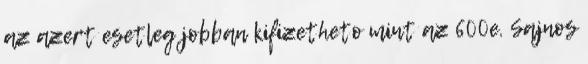
az azert esetleg jobban kifizetheto mint az 600e. Sajnos